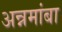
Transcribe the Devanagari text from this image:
अन्नमांबा